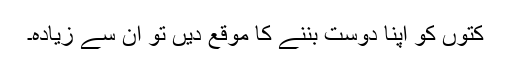
کتوں کو اپنا دوست بننے کا موقع دیں تو ان سے زیادہ۔